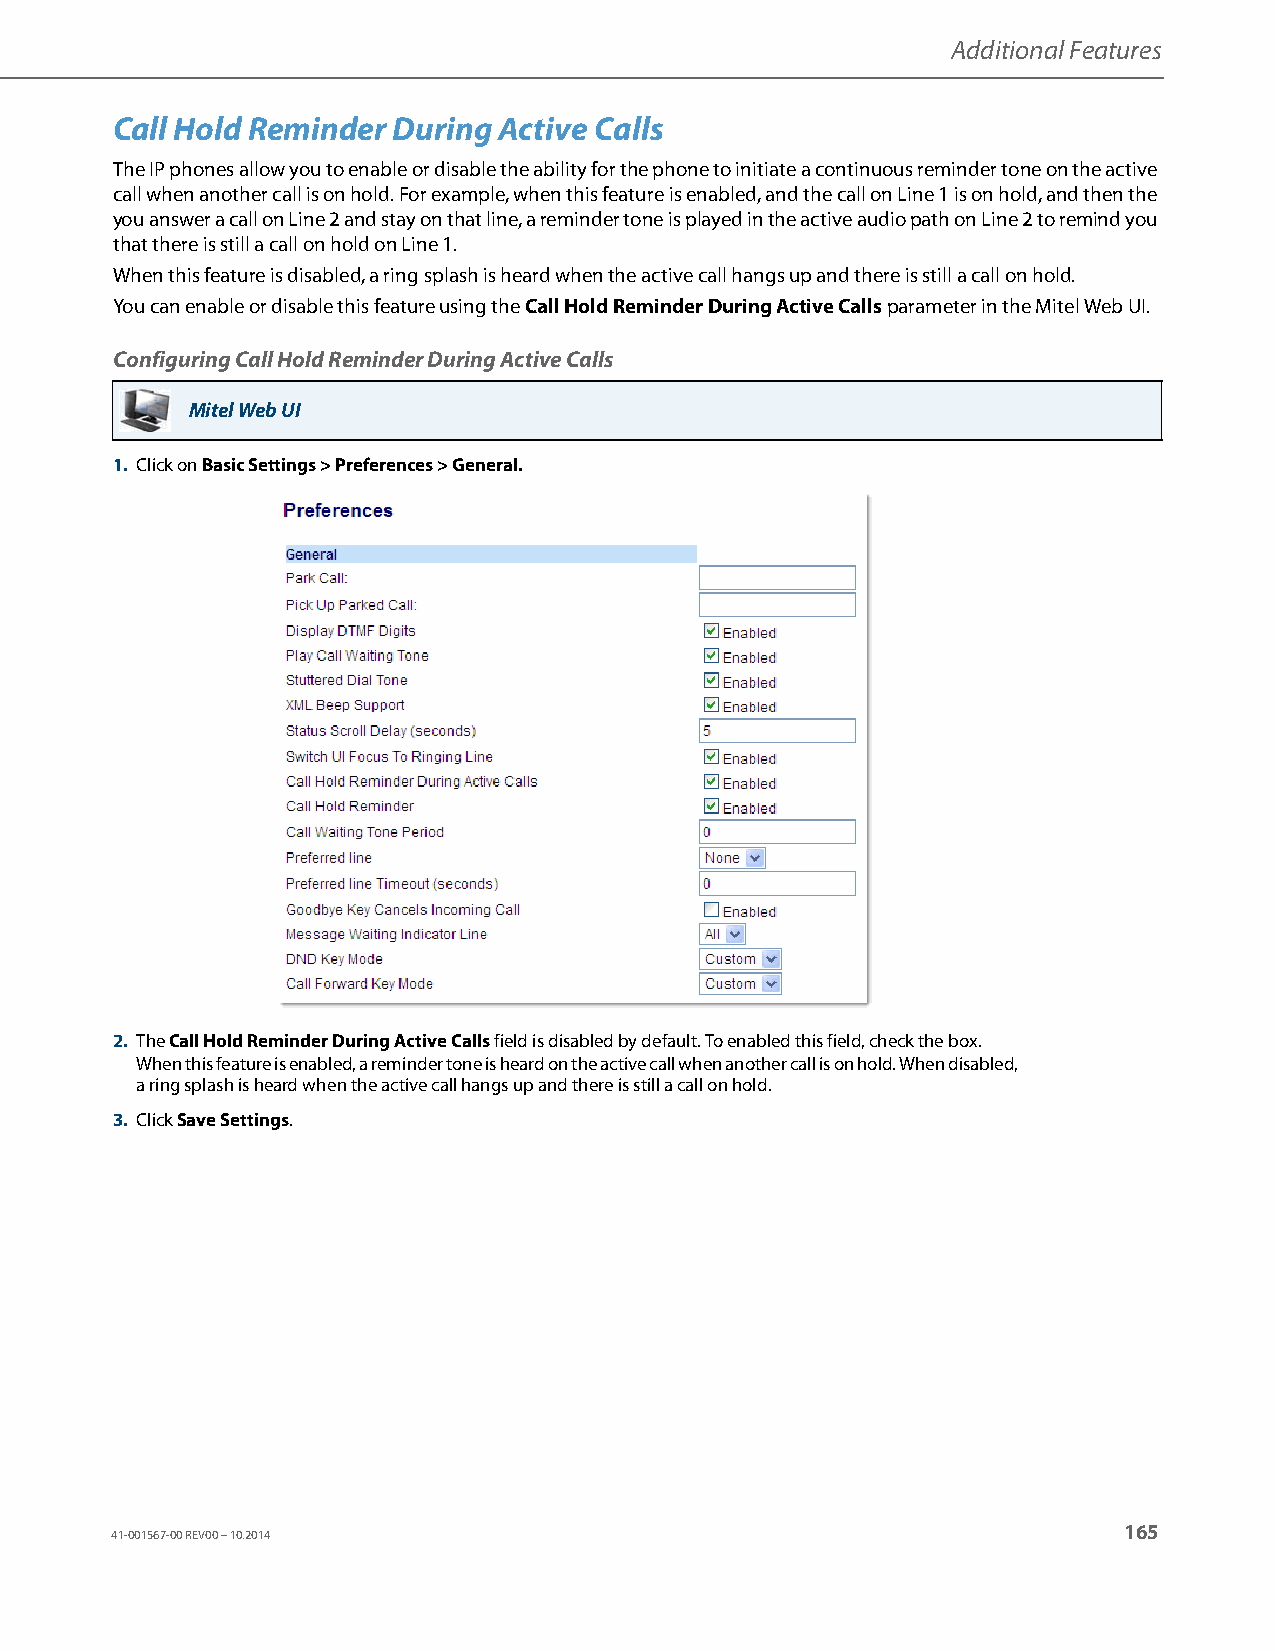
Additional Features
 Call Hold Reminder During Active Calls
 The IP phones allow you to enable or disable the ability for the phone to initiate a continuous reminder tone on the active
 call when another call is on hold. For example, when this feature is enabled, and the call on Line 1 is on hold, and then the
 you answer a call on Line 2 and stay on that line, a reminder tone is played in the active audio path on Line 2 to remind you
 that there is still a call on hold on Line 1.
 When this feature is disabled, a ring splash is heard when the active call hangs up and there is still a call on hold.
 You can enable or disable this feature using the Call Hold Reminder During Active Calls parameter in the Mitel Web UI.
 Configuring Call Hold Reminder During Active Calls
 Mitel Web UI
 1. Click on Basic Settings > Preferences > General.
 2. The Call Hold Reminder During Active Calls field is disabled by default. To enabled this field, check the box.
 When this feature is enabled, a reminder tone is heard on the active call when another call is on hold. When disabled,
 a ring splash is heard when the active call hangs up and there is still a call on hold.
 3. Click Save Settings.
 165
 41-001567-00 REV00 – 10.2014